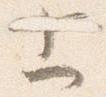
上